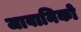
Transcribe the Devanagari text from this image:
जावानिको